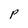
Character: P